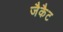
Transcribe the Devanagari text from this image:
जैकैट